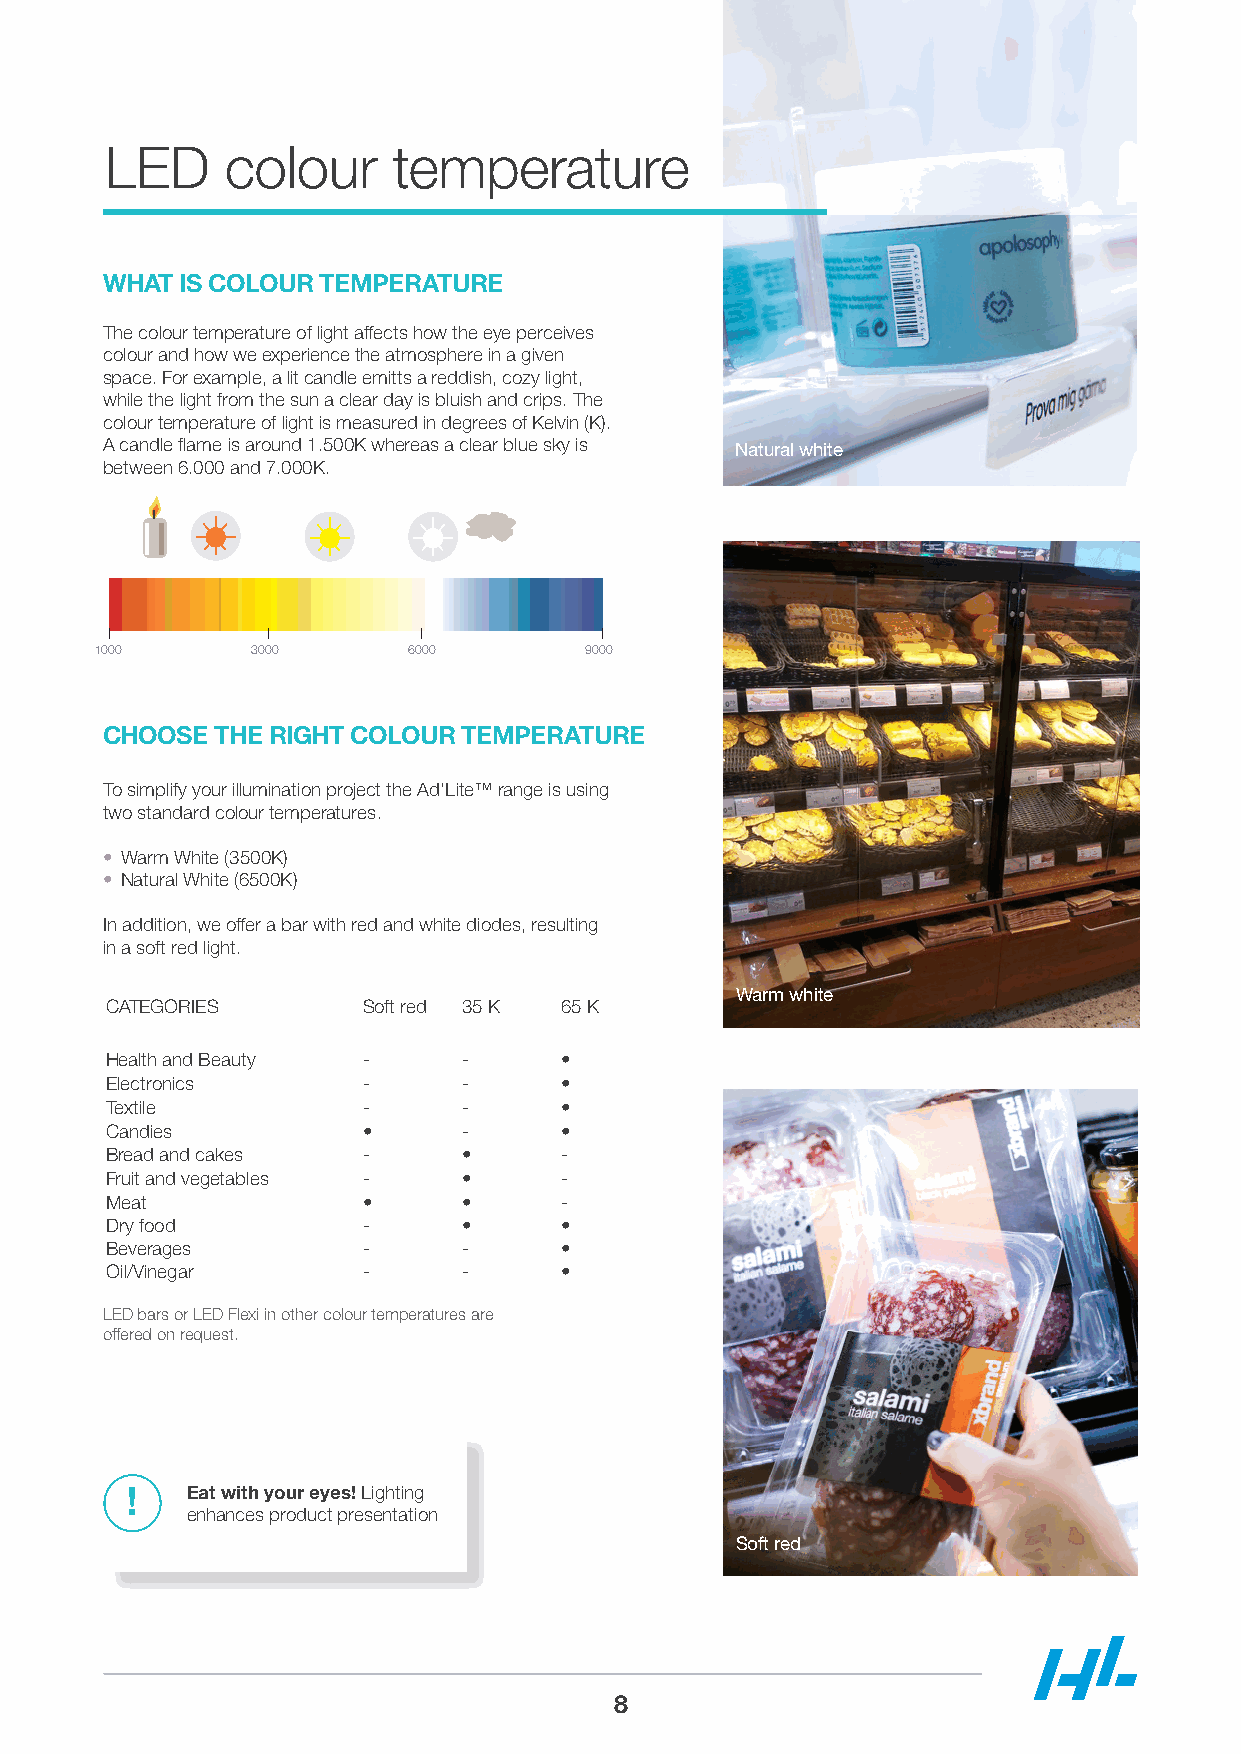
LED     colour     temperature
 WHAT IS COLOUR TEMPERATURE
 The colour temperature of light affects how the eye perceives
 colour and how we experience the atmosphere in a given
 space. For example, a lit candle emitts a reddish, cozy light,
 while the light from the sun a clear day is bluish and crips. The
 colour temperature of light is measured in degrees of Kelvin (K).
 A candle flame is around 1.500K whereas a clear blue sky is Natural white
 between 6.000 and 7.000K.
 1000       3000      6000        9000
 CHOOSE THE RIGHT COLOUR TEMPERATURE
 To simplify your illumination project the Ad’Lite™ range is using
 two standard colour temperatures.
 • Warm White (3500K)
 • Natural White (6500K)
 In addition, we offer a bar with red and white diodes, resulting
 in a soft red light.
 Warm white
 CATEGORIES       Soft red 35 K 65 K
 Health and Beauty -     -     •
 Electronics      -      -     •
 Textile          -      -     •
 Candies          •      -     •
 Bread and cakes  -      •     -
 Fruit and vegetables -  •     -
 Meat             •      •     -
 Dry food         -      •     •
 Beverages        -      -     •
 Oil/Vinegar      -      -     •
 LED bars or LED Flexi in other colour temperatures are
 offered on request.
 Eat with your eyes! Lighting
 enhances product presentation
 Soft red
 8